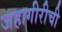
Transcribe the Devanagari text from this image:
जहागीरीची